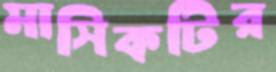
মাসিকটির